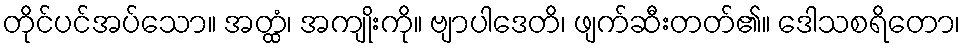
တိုင်ပင်အပ်သော။ အတ္ထံ၊ အကျိုးကို။ ဗျာပါဒေတိ၊ ဖျက်ဆီးတတ်၏။ ဒေါသစရိတော၊